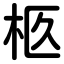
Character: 柩